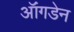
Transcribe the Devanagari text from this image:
ऑंगडेन